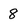
Character: 8